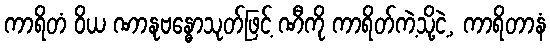
ကာရိတံ ဝိယ ဏာနုဗန္ဓောသုတ်ဖြင့် ဏီကို ကာရိတ်ကဲ့သို့ငဲ့, ကာရိတာနံ